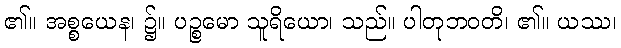
၏။ အစ္စယေန၊ ၌။ ပဉ္စမော သူရိယော၊ သည်။ ပါတုဘဝတိ၊ ၏။ ယဿ၊